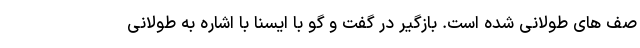
صف های طولانی شده است. بازگیر در گفت و گو با ایسنا با اشاره به طولانی